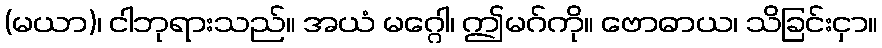
(မယာ)၊ ငါဘုရားသည်။ အယံ မဂ္ဂေါ၊ ဤမဂ်ကို။ ဗောဓာယ၊ သိခြင်းငှာ။